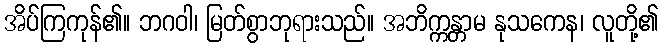
အိပ်ကြကုန်၏။ ဘဂဝါ၊ မြတ်စွာဘုရားသည်။ အဘိက္ကန္တာမ နုသကေန၊ လူတို့၏